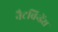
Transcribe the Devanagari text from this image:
नैटविन्डेंस